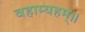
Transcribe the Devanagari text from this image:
वहाम्यहम्॥